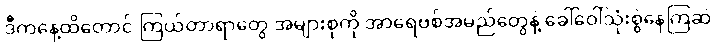
ဒီကနေ့ထိတောင် ကြယ်တာရာတွေ အများစုကို အာရေဗစ်အမည်တွေနဲ့ ခေါ်ဝေါ်သုံးစွဲနေကြဆဲ